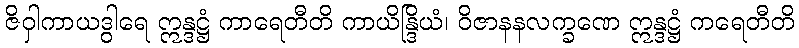
ဇိဝှါကာယဒွါရေ ဣန္ဒဋ္ဌံ ကာရေတီတိ ကာယိန္ဒြိယံ၊ ဝိဇာနနလက္ခဏေ ဣန္ဒဋ္ဌံ ကရေတီတိ